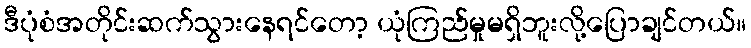
ဒီပုံစံအတိုင်းဆက်သွားနေရင်တော့ ယုံကြည်မှုမရှိဘူးလို့ပြောချင်တယ်။